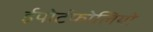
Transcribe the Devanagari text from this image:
ईपोर्टफोलियो